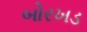
બોરખડ